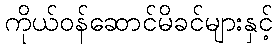
ကိုယ်ဝန်ဆောင်မိခင်များနှင့်